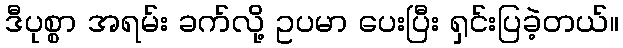
ဒီပုစ္စာ အရမ်း ခက်လို့ ဥပမာ ပေးပြီး ရှင်းပြခဲ့တယ်။